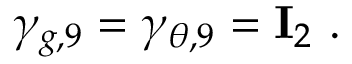
\gamma _ { g , 9 } = \gamma _ { \theta , 9 } = { \bf I } _ { 2 } ~ .